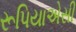
રૂપિયાએસી